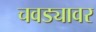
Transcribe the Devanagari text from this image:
चवड्यावर